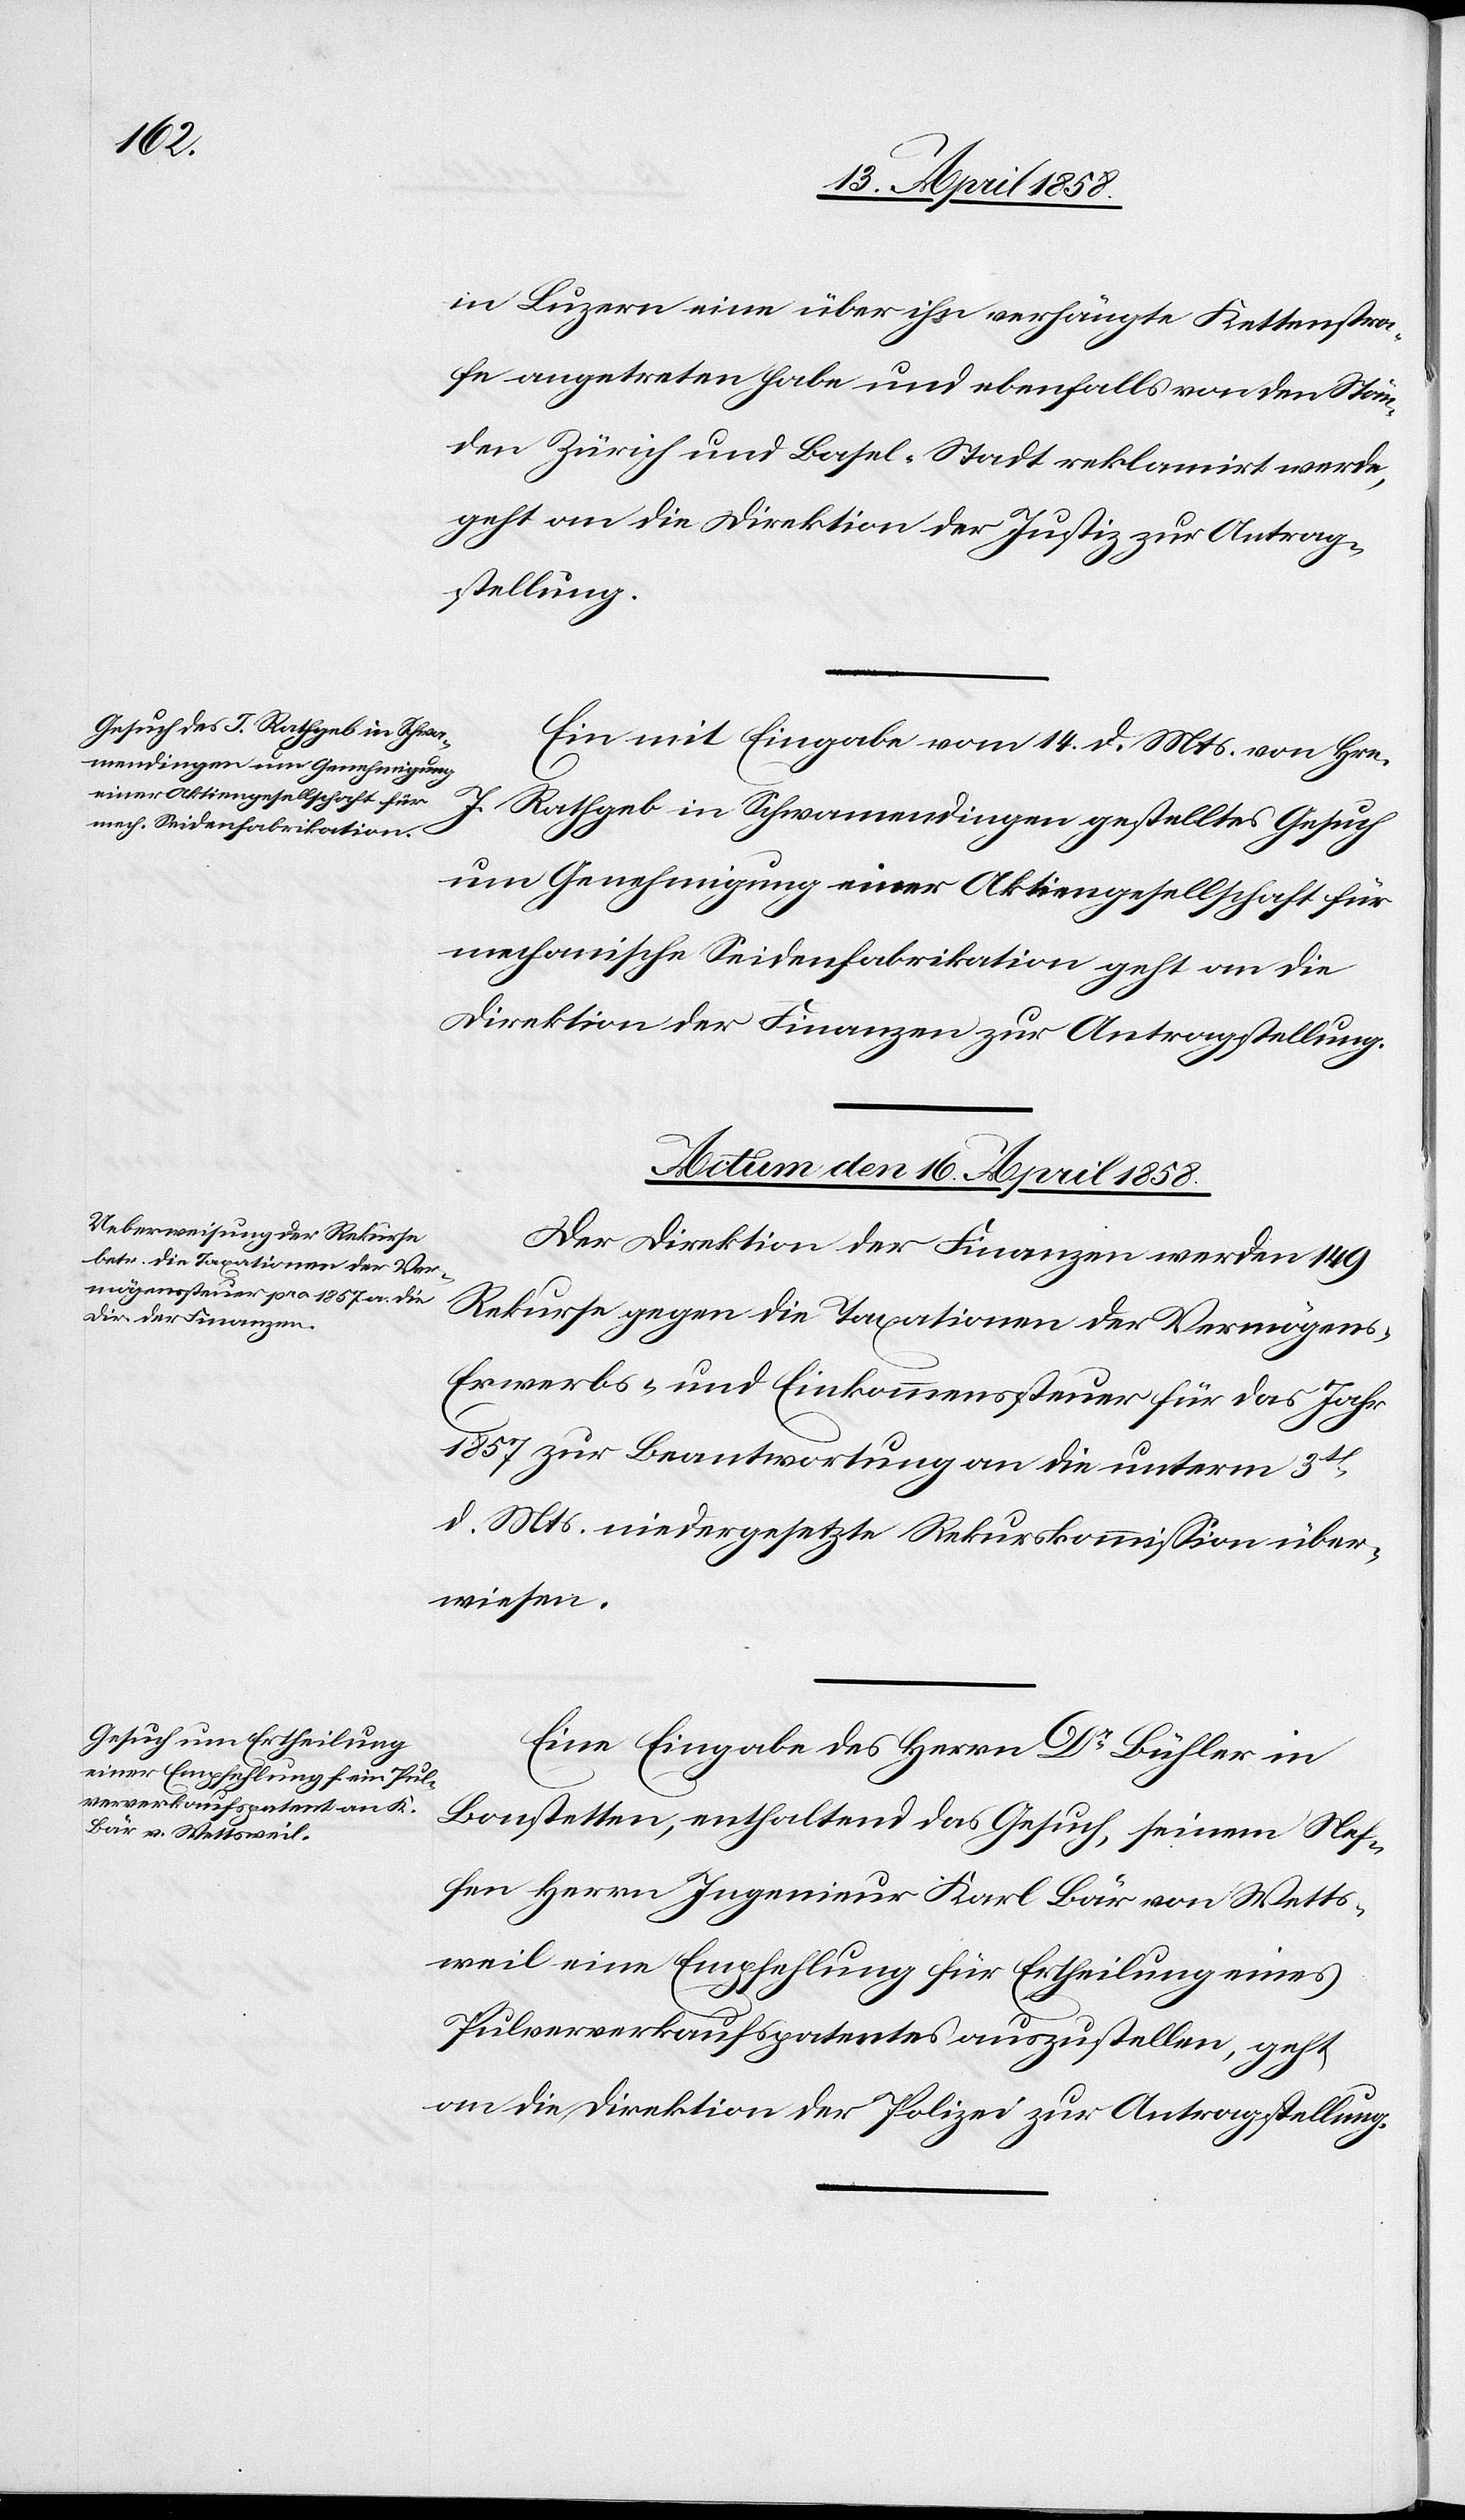
in Luzern eine über ihn verhängte Kettenstra¬
fe angetreten habe und ebenfalls von den Stän¬
den Zürich und Basel-Stadt reklamirt werde,
geht an die Direktion der Justiz zur Antrag¬
stellung.
Ein mit Eingabe vom 14. d. Mts. von Hrn.
J. Rathgeb in Schwamendingen gestelltes Gesuch
um Genehmigung einer Aktiengesellschaft für
mechanische Seidenfabrikation geht an die
Direktion der Finanzen zur Antragstellung.
Actum den 16. April 1858.]
Der Direktion der Finanzen werden 149
Rekurse gegen die Taxationen der Vermögens-[,]
Erwerbs- und Einkommenssteuer für das Jahr
1857 zur Beantwortung an die unterm 3t[en]
d. Mts. niedergesetzte Rekurskommission über¬
wiesen.
Eine Eingabe des Herrn Dr Bühler in
Bonstetten, enthaltend das Gesuch, seinem Nef¬
fen Herrn Ingenieur Karl Bär von Wetts¬
weil eine Empfehlung für Ertheilung eines
Pulververkaufspatentes auszustellen, geht
an die Direktion der Polizei zur Antragstellung.